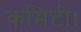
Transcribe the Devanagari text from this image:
कमिटी।